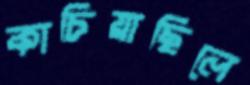
কাচিয়াছিলে